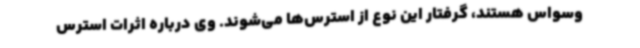
وسواس هستند، گرفتار این نوع از استرس‌ها می‌شوند. وی درباره اثرات استرس